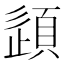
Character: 𫖠